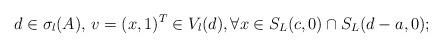
LaTeX: \begin{align*}d\in \sigma_l(A),\,v=(x,1)^T\in V_l(d), \forall x\in S_L(c,0)\cap S_L(d-a,0);\end{align*}